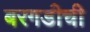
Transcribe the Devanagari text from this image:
बरगडीची